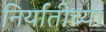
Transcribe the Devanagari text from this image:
निर्यातीच्या